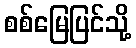
စစ်မြေပြင်သို့